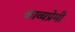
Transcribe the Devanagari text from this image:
काव्यप्रेमी